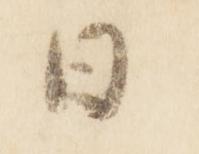
日